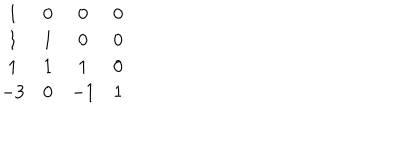
\begin{matrix} { { 1 } } & { { 0 } } & { { 0 } } & { { 0 } } \\ { { 1 } } & { { 1 } } & { { 0 } } & { { 0 } } \\ { { 1 } } & { { 1 } } & { { 1 } } & { { 0 } } \\ { { - 3 } } & { { 0 } } & { { - 1 } } & { { 1 } } \\ \end{matrix}